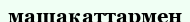
машақаттармен